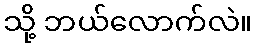
သို့ ဘယ်လောက်လဲ။